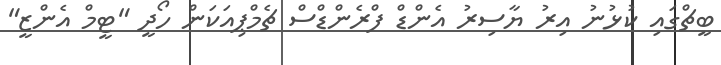
ބީޗްގައި ކުޅުނު އިރު ޔާސިރު އެންޑް ފްރެންޑްސް ޗެމްޕިއަކަން ހޯދީ "ޓީމް އެންޒީ"